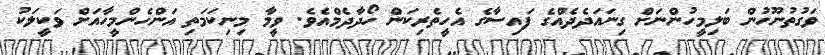
ވަގުތުނޫހުން ބަލިމީހުންނަށް ގިނައަދެދެއްގެ ފައިސާގެ އެހީތެރިކަން ހޯދާދެމްއެވެ. ވީމާ މިނިކަމަތި އަންހެންމީހާއަށް ވަކީލަކު